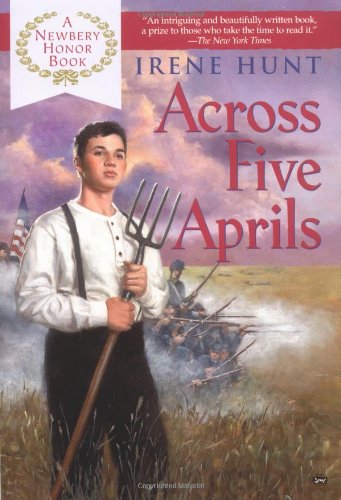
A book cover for Across Five Aprils; Irene Hunt; Literature & Fiction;